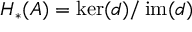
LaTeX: H _ { * } ( A ) = \ker ( d ) / \operatorname { i m } ( d )